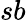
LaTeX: sb